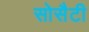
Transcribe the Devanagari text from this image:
सोसैटी